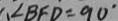
\angle B F D = 9 0 ^ { \circ }